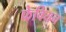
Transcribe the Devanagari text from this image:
फेवियन